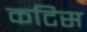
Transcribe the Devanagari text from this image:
कटिस